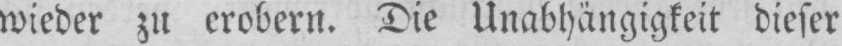
wieder zu erobern. Die Unabhängigkeit dieser